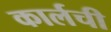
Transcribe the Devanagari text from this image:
कार्लची